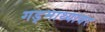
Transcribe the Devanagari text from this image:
गड्माथ्यावर